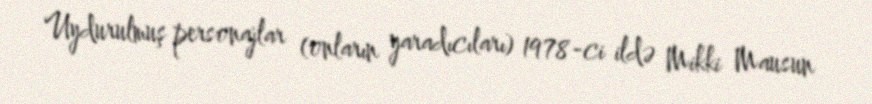
Uydurulmuş personajlar (onların yaradıcıları) 1978-ci ildə Mikki Mausun